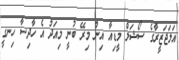
އަލަޖަޒީރާގެ ސޯޝަލް މީޑިއާ އިން މިރޭ ބުނީ މިއަދު އެ ހާދިސާ ހިނގީ